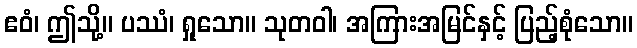
ဧဝံ၊ ဤသို့။ ပဿံ၊ ရှုသော။ သုတဝါ၊ အကြားအမြင်နှင့် ပြည့်စုံသော။